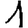
Digit: 1